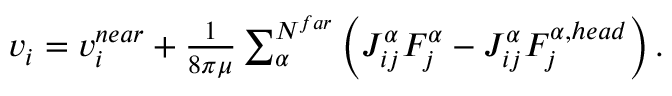
\begin{array} { r } { v _ { i } = v _ { i } ^ { n e a r } + \frac { 1 } { 8 \pi \mu } \sum _ { \alpha } ^ { N ^ { f a r } } \left( J _ { i j } ^ { \alpha } F _ { j } ^ { \alpha } - J _ { i j } ^ { \alpha } F _ { j } ^ { \alpha , h e a d } \right) . } \end{array}